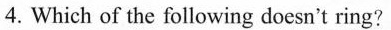
4.Which of the following doesn't ring?